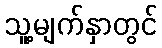
သူ့မျက်နှာတွင်